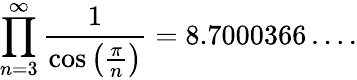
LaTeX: \prod_{n=3}^{\infty}{\frac{1}{\cos\left({\frac{\pi}{n}}\right)}}=8.7000366\ldots.